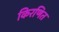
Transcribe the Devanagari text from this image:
किरणित